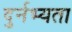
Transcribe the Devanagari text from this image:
दुर्नभ्यता